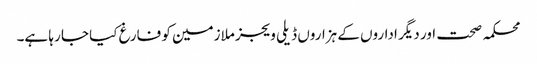
محکمہ صحت اور دیگر اداروں کے ہزاروں ڈیلی ویجز ملازمین کو فارغ کیا جا رہا ہے۔